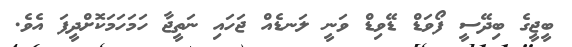
ބީޖީގެ ބިދޭސީ ފޯވަޑް ޑޭވިޑް ވަނީ ލަނޑެއް ޖަހައި ނަތީޖާ ހަމަހަމަކޮށްދީފަ އެވެ.